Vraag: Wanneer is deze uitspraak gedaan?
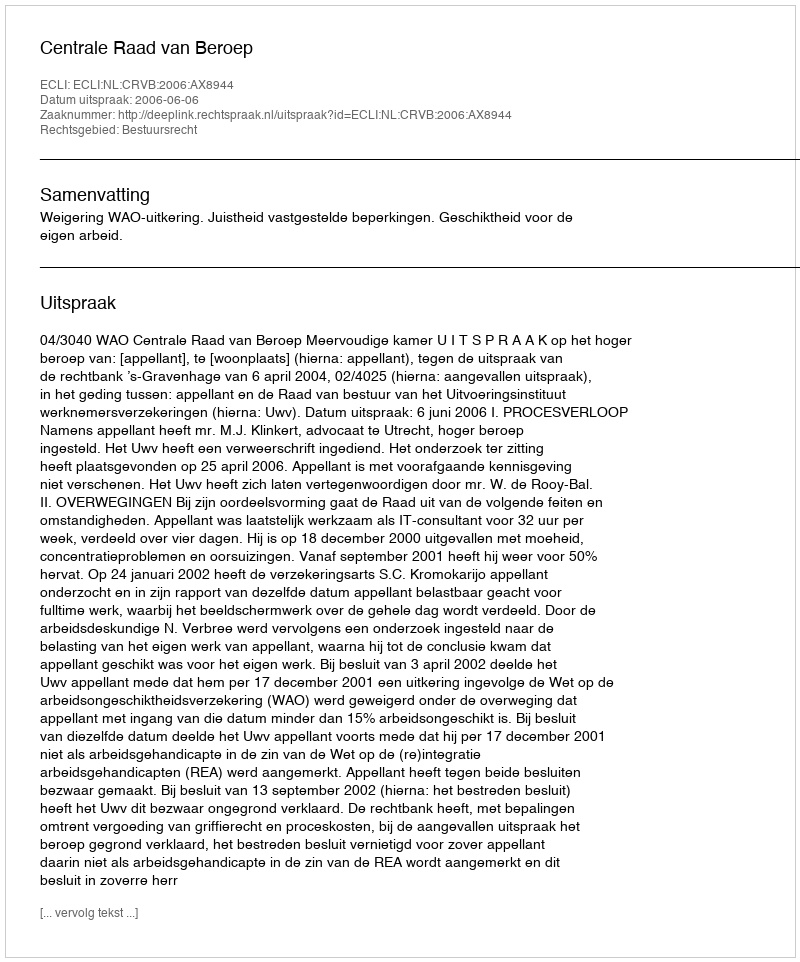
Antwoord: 2006-06-06